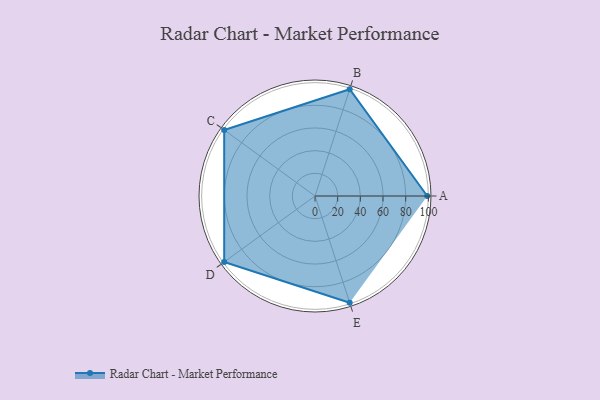
{"axis": {"x": "Skill", "y": "Score"}, "legend": ["Profile"], "data": [{"x": "A", "y": 99, "type": "Profile"}, {"x": "B", "y": 99, "type": "Profile"}, {"x": "C", "y": 99, "type": "Profile"}, {"x": "D", "y": 99, "type": "Profile"}, {"x": "E", "y": 99, "type": "Profile"}]}